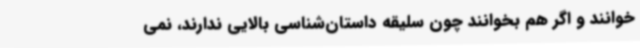
خوانند و اگر هم بخوانند چون سلیقه داستان‌شناسی بالایی ندارند، نمی